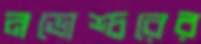
নভোশ্চরের